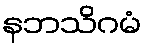
နဘသိဂမံ